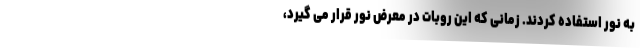
به نور استفاده کردند. زمانی که این روبات در معرض نور قرار می گیرد،